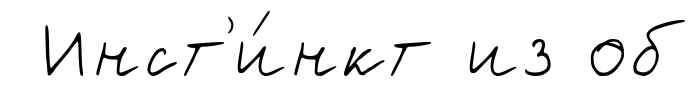
Инст'и́нкт из об